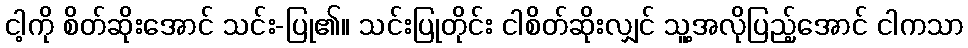
ငါ့ကို စိတ်ဆိုးအောင် သင်း-ပြု၏။ သင်းပြုတိုင်း ငါစိတ်ဆိုးလျှင် သူ့အလိုပြည့်အောင် ငါကသာ